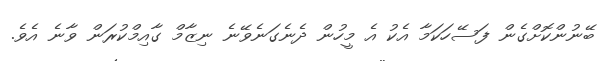
ބޭނުންކޮށްގެން ފަސޭހަކަމާ އެކު އެ މީހުން ދެނެގަނެވޭނެ ނިޒާމް ގާއިމްކުރަން ވާނެ އެވެ.